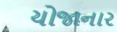
યોજાનાર